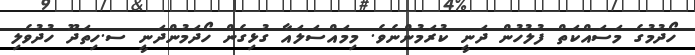
ހޯދުމުގެ މަސައްކަތް ފުލުހުން ދަނީ ކުރަމުންނެވެ. މިމައްސަލައާ ގުޅިގެން ހޯދަމުންދަނީ ސ.ހިތަދޫ ހުދުވެލި